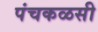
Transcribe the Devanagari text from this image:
पंचकळसी